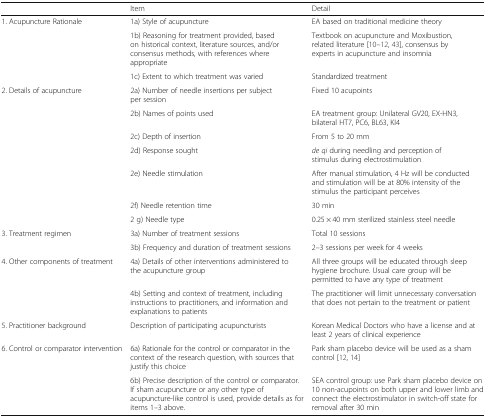
|  | Item | Detail |
 | --- | --- | --- |
 | <ROWSPAN=3> 1. Acupuncture Rationale | 1a) Style of acupuncture | EA based on traditional medicine theory |
 | 1b) Reasoning for treatment provided, based on historical context, literature sources, and/or consensus methods, with references where appropriate | Textbook on acupuncture and Moxibustion, related literature [10–12, 43], consensus by experts in acupuncture and insomnia |
 | 1c) Extent to which treatment was varied | Standardized treatment |
 | <ROWSPAN=7> 2. Details of acupuncture | 2a) Number of needle insertions per subject per session | Fixed 10 acupoints |
 | 2b) Names of points used | EA treatment group: Unilateral GV20, EX-HN3, bilateral HT7, PC6, BL63, KI4 |
 | 2c) Depth of insertion | From 5 to 20 mm |
 | 2d) Response sought | de qi during needling and perception of stimulus during electrostimulation |
 | 2e) Needle stimulation | After manual stimulation, 4 Hz will be conducted and stimulation will be at 80% intensity of the stimulus the participant perceives |
 | 2f) Needle retention time | 30 min |
 | 2 g) Needle type | 0.25 × 40 mm sterilized stainless steel needle |
 | <ROWSPAN=2> 3. Treatment regimen | 3a) Number of treatment sessions | Total 10 sessions |
 | 3b) Frequency and duration of treatment sessions | 2–3 sessions per week for 4 weeks |
 | <ROWSPAN=2> 4. Other components of treatment | 4a) Details of other interventions administered to the acupuncture group | All three groups will be educated through sleep hygiene brochure. Usual care group will be permitted to have any type of treatment |
 | 4b) Setting and context of treatment, including instructions to practitioners, and information and explanations to patients | The practitioner will limit unnecessary conversation that does not pertain to the treatment or patient |
 | 5. Practitioner background | Description of participating acupuncturists | Korean Medical Doctors who have a license and at least 2 years of clinical experience |
 | <ROWSPAN=2> 6. Control or comparator intervention | 6a) Rationale for the control or comparator in the context of the research question, with sources that justify this choice | Park sham placebo device will be used as a sham control [12, 14] |
 | 6b) Precise description of the control or comparator.If sham acupuncture or any other type of acupuncture-like control is used, provide details as for items 1–3 above. | SEA control group: use Park sham placebo device on 10 non-acupoints on both upper and lower limb and connect the electrostimulator in switch-off state for removal after 30 min |